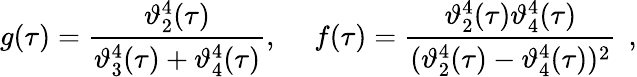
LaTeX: g(\tau)=\frac{\vartheta_{2}^{4}(\tau)}{\vartheta_{3}^{4}(\tau)+\vartheta_{4}^{4}(\tau)},~~~~~f(\tau)=\frac{\vartheta_{2}^{4}(\tau)\vartheta_{4}^{4}(\tau)}{(\vartheta_{2}^{4}(\tau)-\vartheta_{4}^{4}(\tau))^{2}}~\, ,